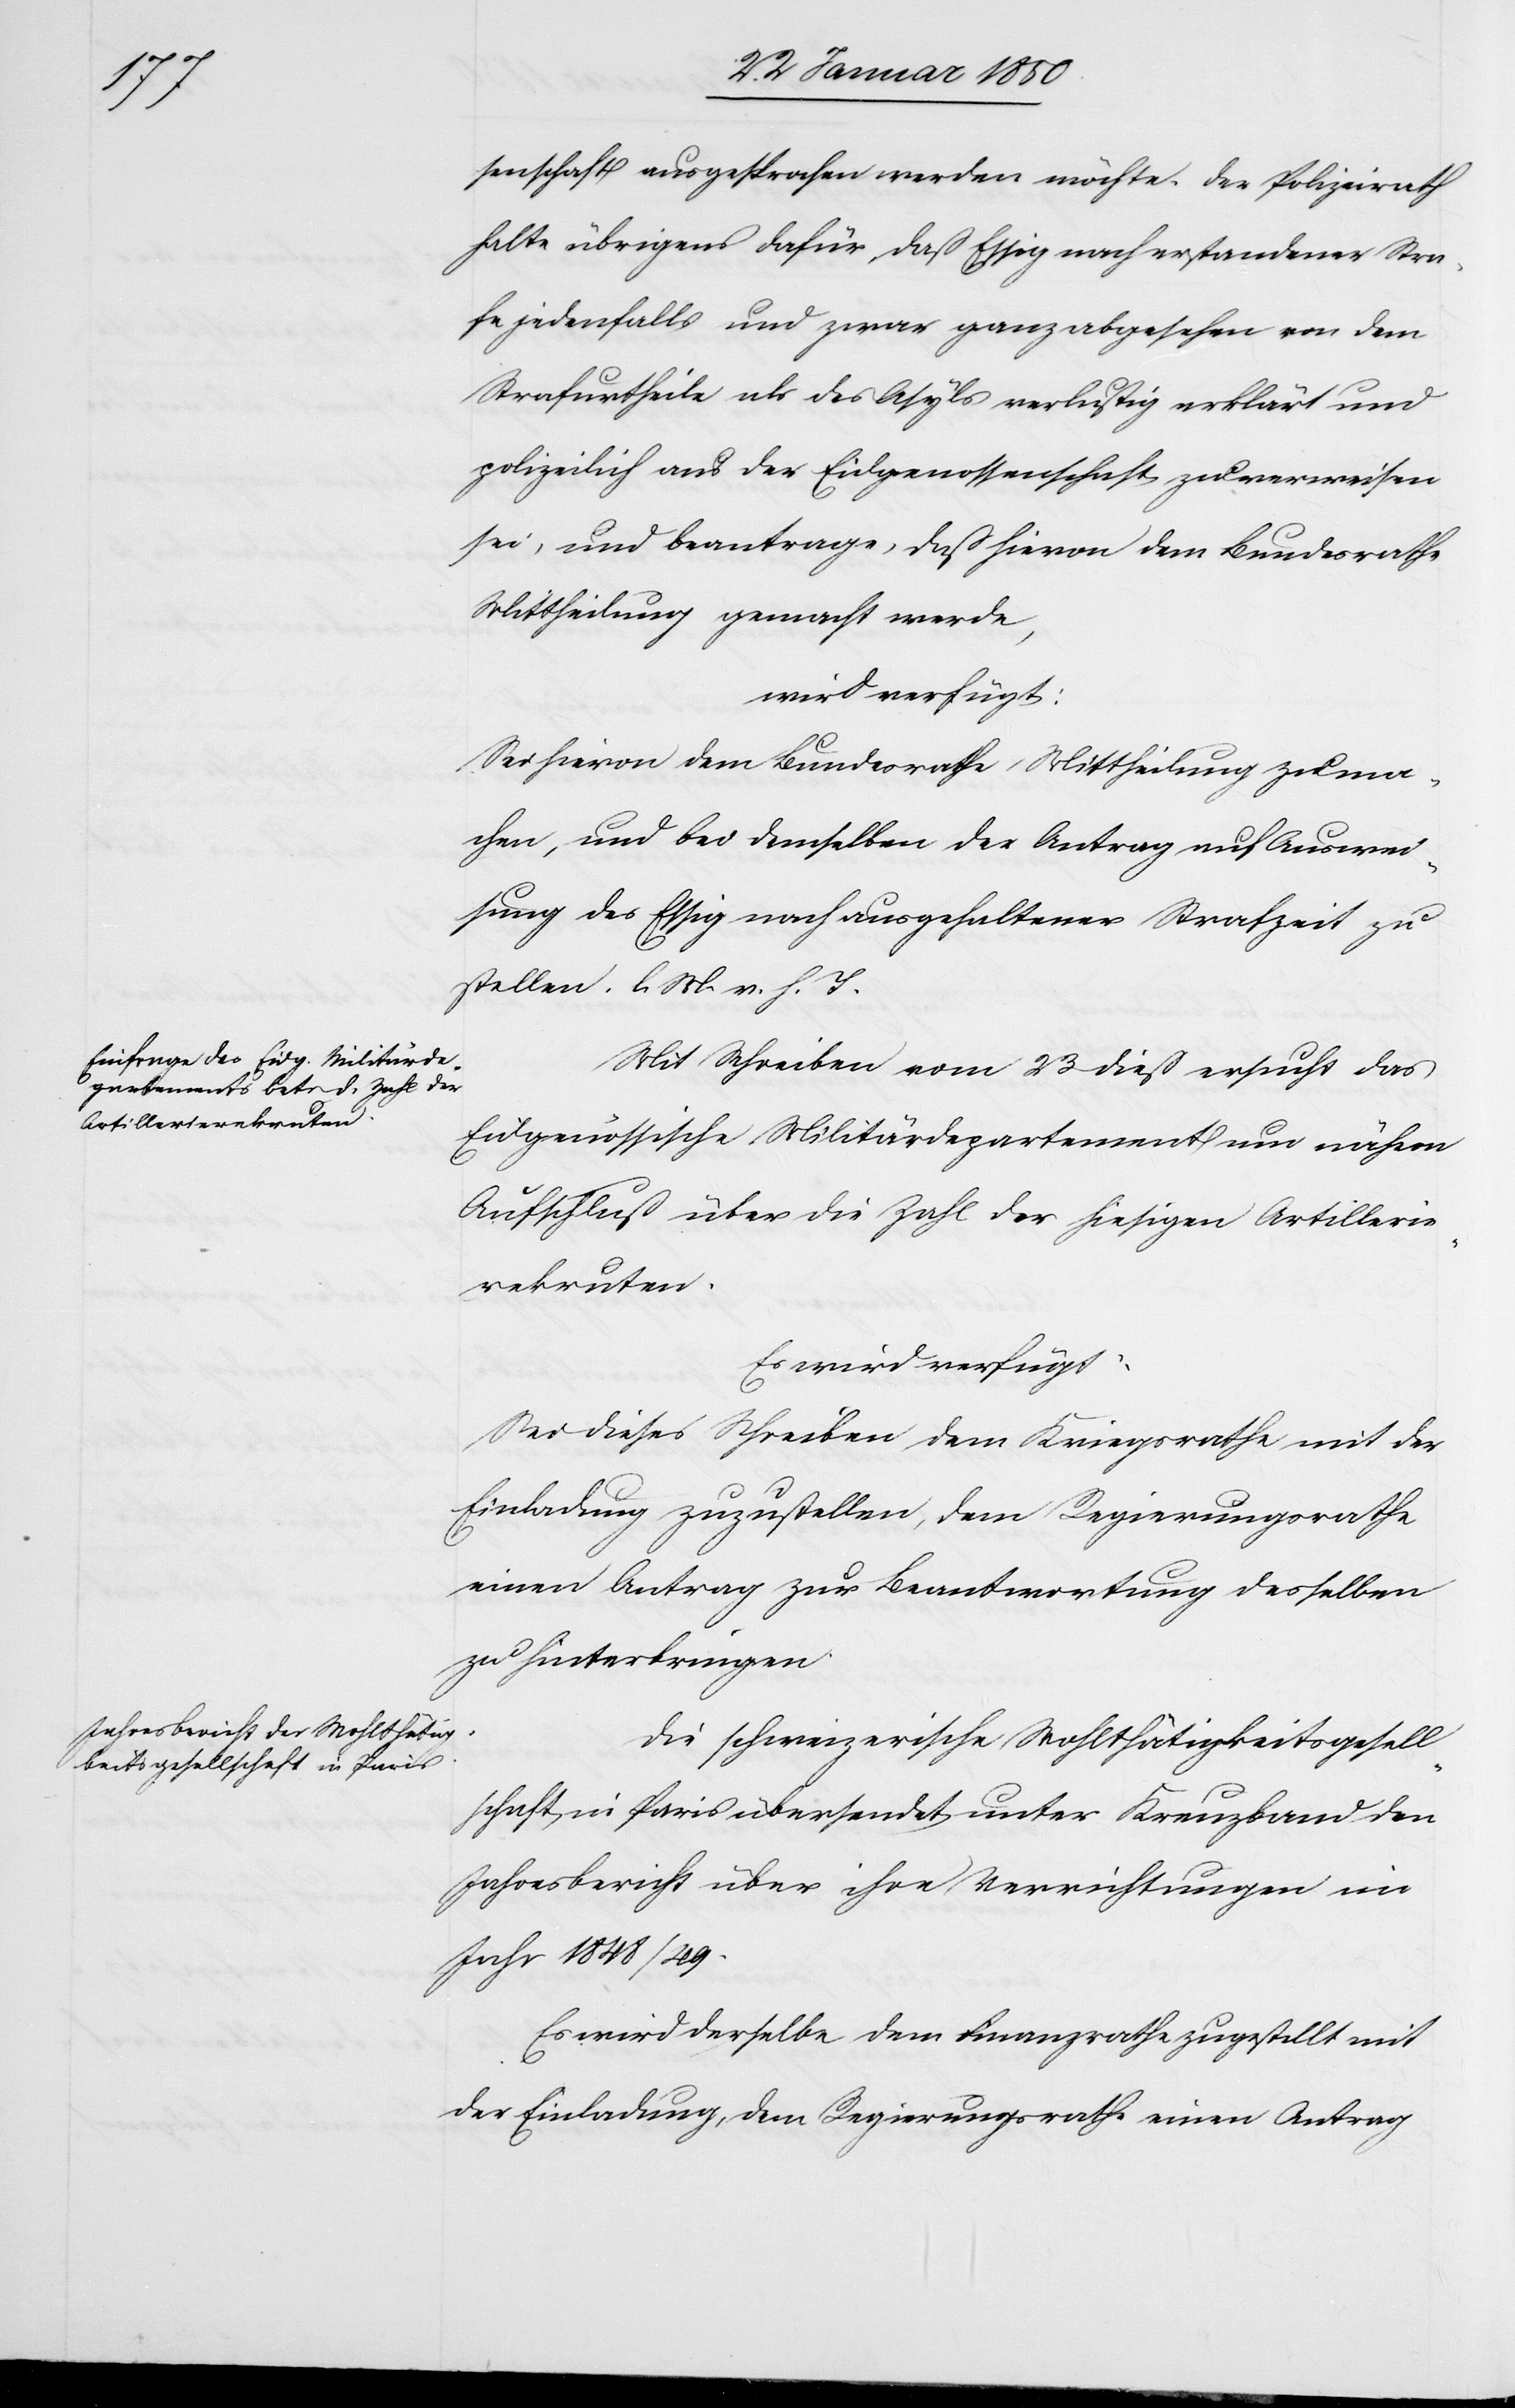
senschaft ausgesprochen werden möchte. Der Polizeirath
halte übrigens dafür, daß Essig nach erstandener Stra¬
fe jedenfalls und zwar ganz abgesehen von dem
Strafurtheile als des Asyls verlustig erklärt und
polizeilich aus der Eidgenossenschaft zu verweisen
sei, und beantrage, daß hievon dem Bundesrathe
Mittheilung gemacht werde,
wird verfügt:
Sei hievon dem Bundesrathe Mittheilung zu ma¬
chen, und bei demselben der Antrag auf Auswei¬
sung des Essig nach ausgehaltener Strafzeit zu
stellen. l. M. v. h. T.
Mit Schreiben vom 23 dieß ersucht das
Eidgenössische Militärdepartement um nähern
Aufschluß über die Zahl der hiesigen Artillerie¬
rekruten.
Es wird verfügt:
Sei dieses Schreiben dem Kriegsrathe mit der
Einladung zuzustellen, dem Regierungsrathe
einen Antrag zur Beantwortung desselben
zu hinterbringen.
Die schweizerische Wohlthätigkeitsgesell¬
schaft in Paris übersendet unter Kreuzband den
Jahresbericht über ihre Verrichtungen im
Jahr 1848/49.
Es wird derselbe dem Finanzrathe zugestellt mit
der Einladung, dem Regierungsrathe einen Antrag